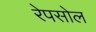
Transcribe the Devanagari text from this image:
रेपसोल